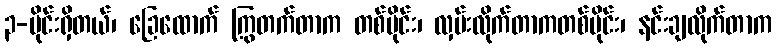
၃-ပိုင်းရှိတယ်၊ ခြေထောက် ကြွတက်တာက တစ်ပိုင်း၊ လှမ်းလိုက်တာကတစ်ပိုင်း၊ နင်းချလိုက်တာက